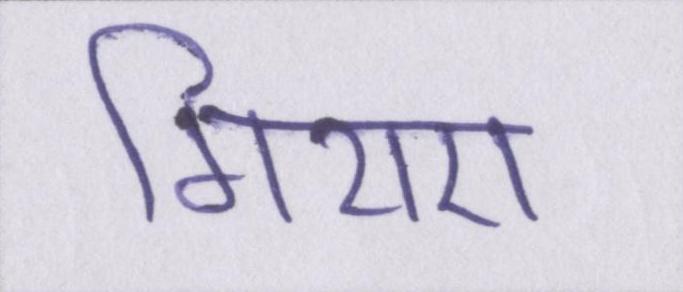
गिराए